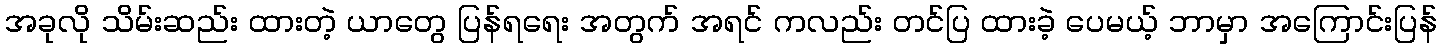
အခုလို သိမ်းဆည်း ထားတဲ့ ယာတွေ ပြန်ရရေး အတွက် အရင် ကလည်း တင်ပြ ထားခဲ့ ပေမယ့် ဘာမှာ အကြောင်းပြန်